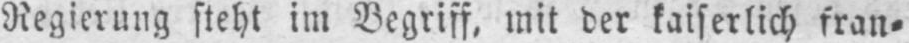
Regierung steht im Begriff, mit der kaiserlich fran⸗